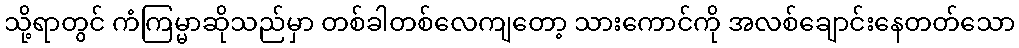
သို့ရာတွင် ကံကြမ္မာဆိုသည်မှာ တစ်ခါတစ်လေကျတော့ သားကောင်ကို အလစ်ချောင်းနေတတ်သော